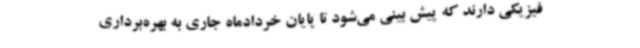
فیزیکی دارند که پیش بینی می‌شود تا پایان خردادماه جاری به بهره‌برداری